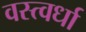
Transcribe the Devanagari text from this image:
वस्त्वर्धा